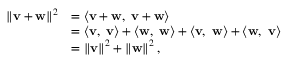
{ \begin{array} { r l } { \left\| \mathbf { v } + \mathbf { w } \right\| ^ { 2 } } & { = \langle \mathbf { v + w } , \ \mathbf { v + w } \rangle } \\ & { = \langle \mathbf { v } , \ \mathbf { v } \rangle + \langle \mathbf { w } , \ \mathbf { w } \rangle + \langle \mathbf { v , \ w } \rangle + \langle \mathbf { w , \ v } \rangle } \\ & { = \left\| \mathbf { v } \right\| ^ { 2 } + \left\| \mathbf { w } \right\| ^ { 2 } , } \end{array} }